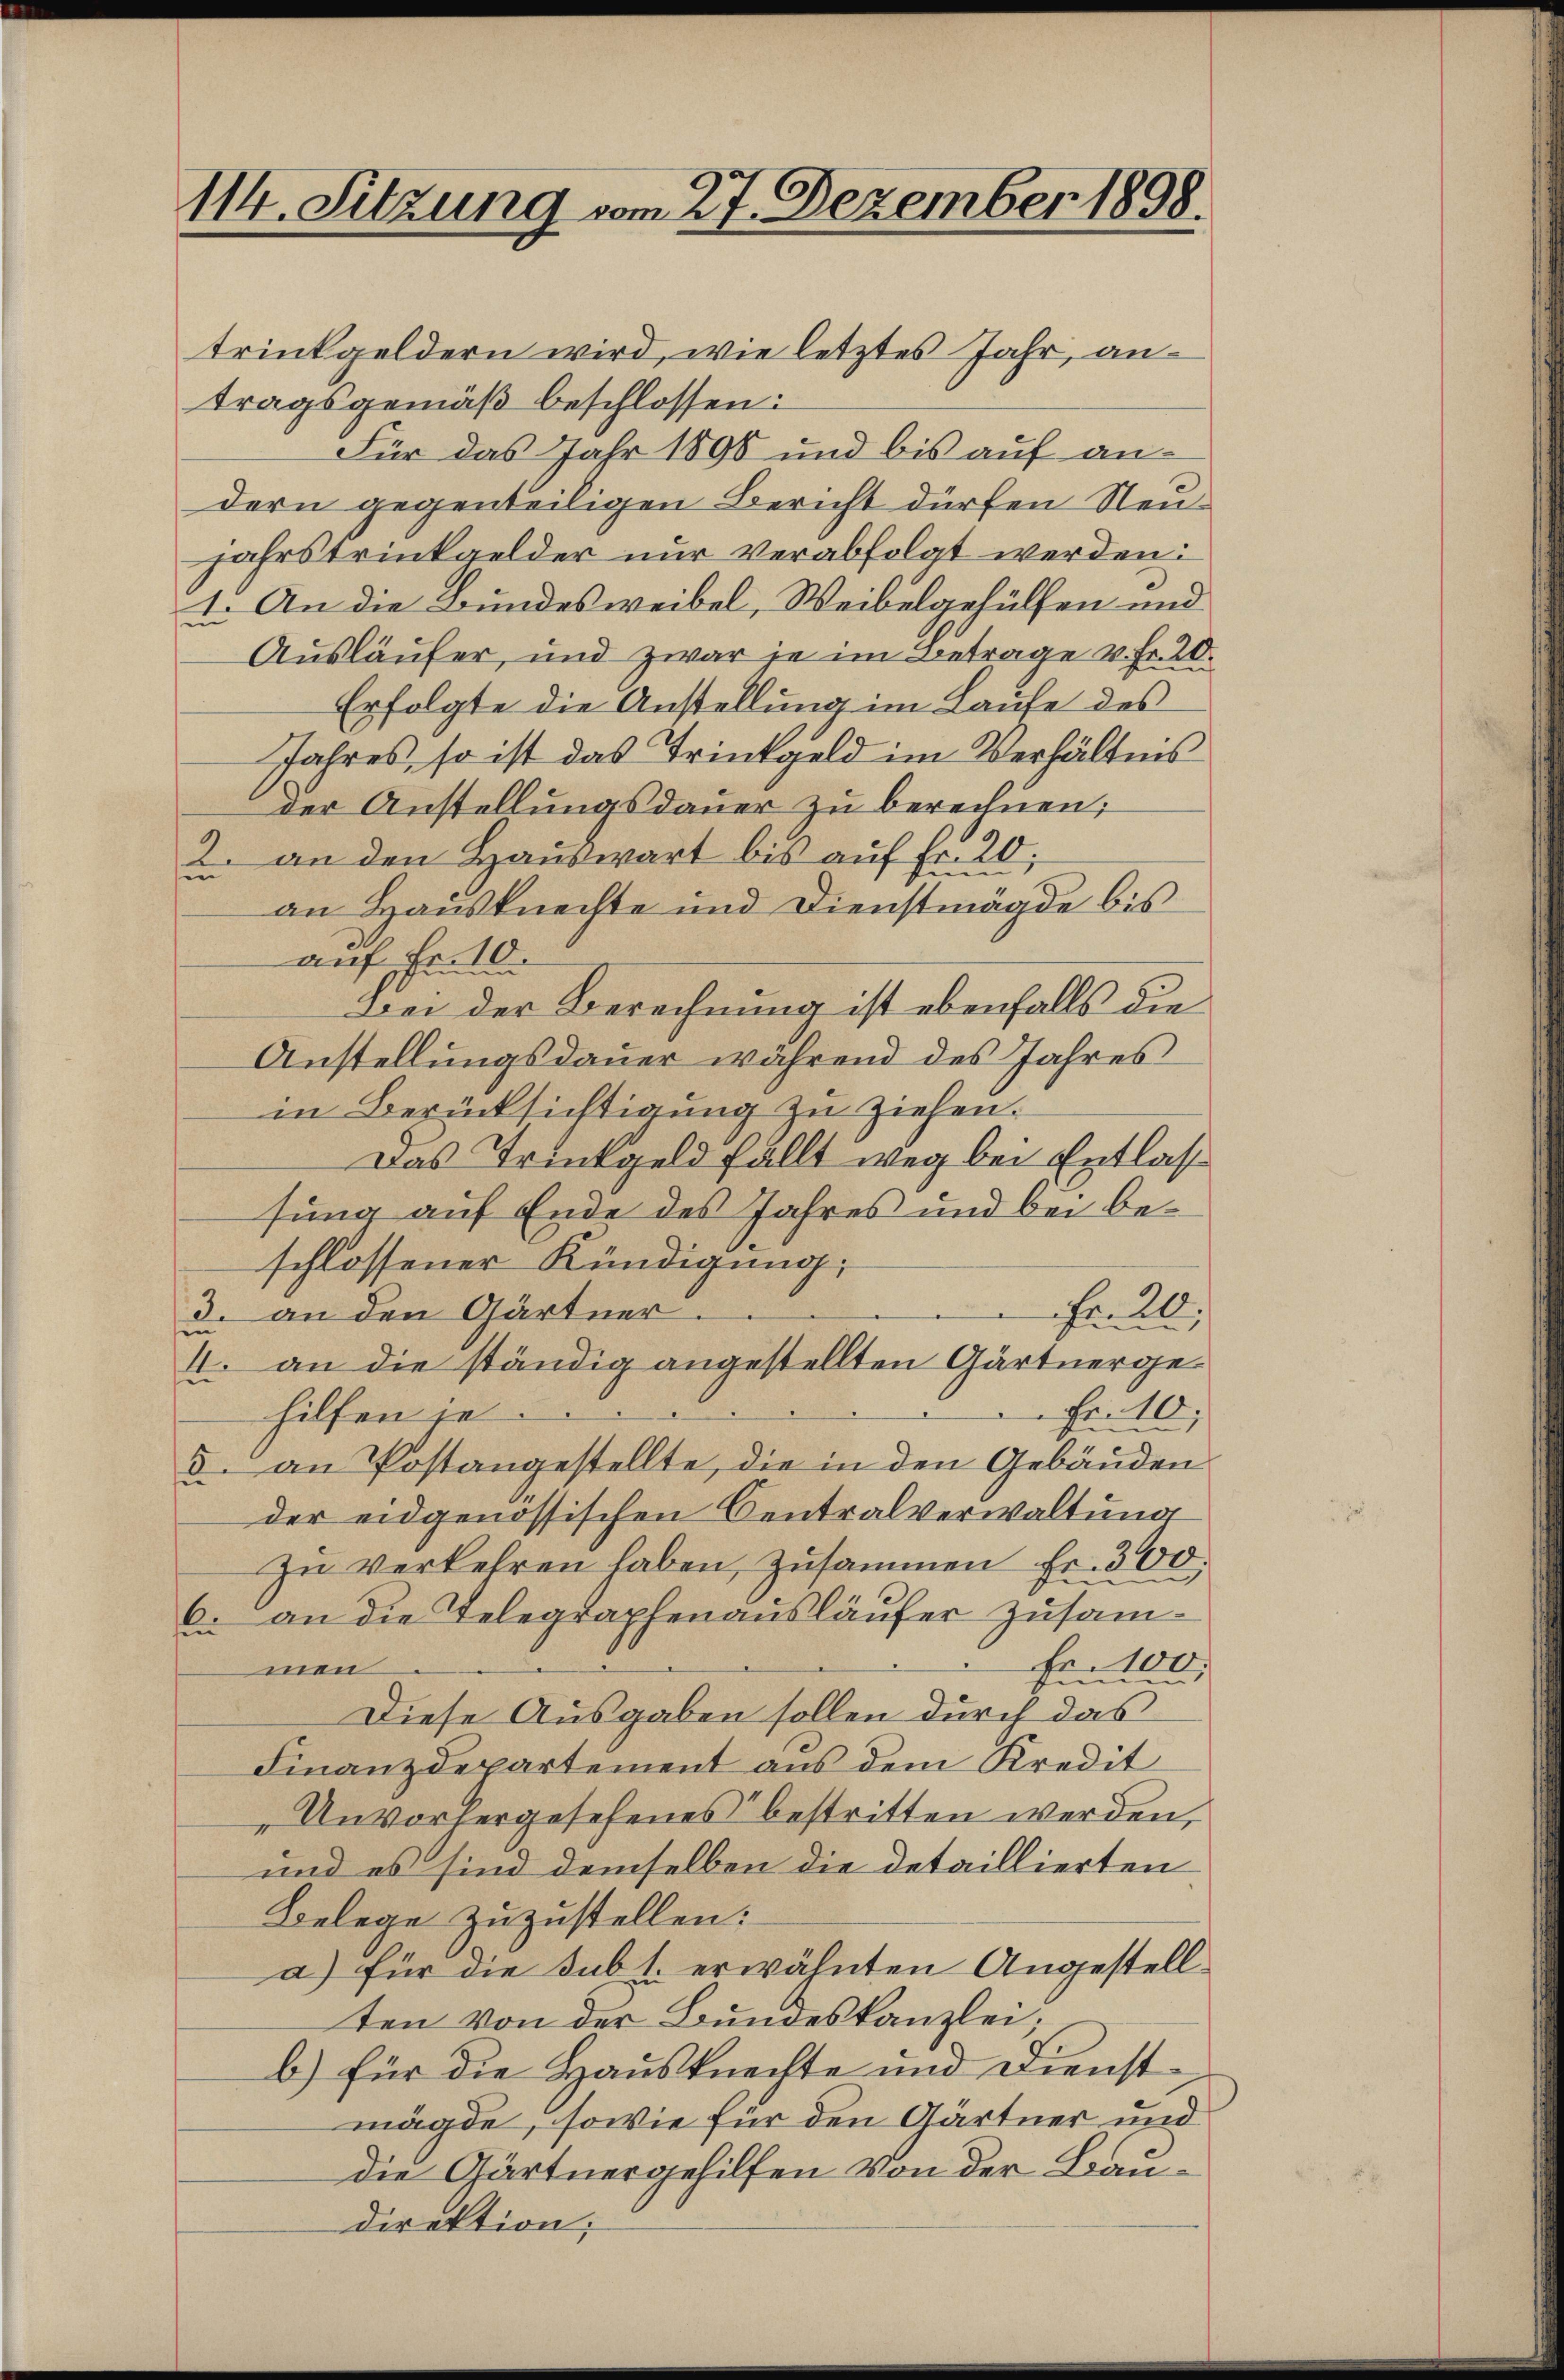
114. Sitzung vom 27. Dezember 1898.

trinkgeldern wird, wie letztes Jahr, antragsgemäß beschlossen:
Für das Jahr 1896 und bis auf andern gegenteiligen Bericht dürfen Neujahrstrinkgelder nur verabfolgt werden:
1. An die Bundes weibel, Weibelgehülfen und
Ausläufer, und zwar je im Betrage v. Fr. 20.
Erfolgte die Anstellung im Laufe des
Jahres, so ist das Trinkgeld im Verhältnis
der Anstellungsdauer zu berechnen;
 an den Hauswart bis auf Fr. 20.
si
sen
an Hausknechte und Dienstmägde bis
auf Fr. 10.
Bei der Berechnung ist ebenfalls die
Anstellungsdauer während des Jahres
in Berücksichtigung zu ziehen.
Das Trinkgeld fällt weg bei Entlassung auf Ende des Jahres und bei beschlossener Kündigung;
fr 20
3. an den Gärtner.
I. an die ständig angestellten Gärtnerge¬
Fr. 10.
hilfen je.
5. an Postangestellte, die in den Gebäuden
der eidgenössischen Centralverwaltung
zŭ verkehren haben, zusammen Fr. 300.
6. an die Telegraphenausläufer zusam¬
Fr. 100.
men
Diese Ausgaben sollen durch das
Finanzdepartement aus dem Kredit
Unvorhergesehenes bestritten werden,
und es sind demselben die detaillierten
Belege zuzustellen:
a) für die sub 1. erwähnten Angestell
ten von der Bundeskanzlei,
b) für die Hausknechte und Dienstmägde, sowie für den Gärtner und
die Gärtnergehilfen von der Baudirektion;